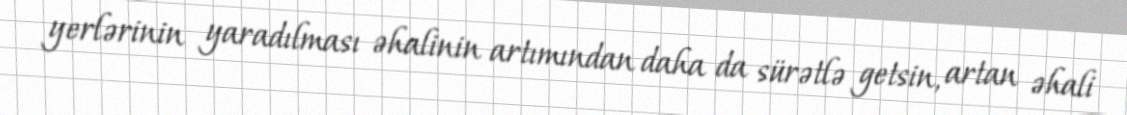
yerlərinin yaradılması əhalinin artımından daha da sürətlə getsin, artan əhali